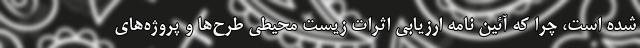
شده است، چرا که آئین نامه ارزیابی اثرات زیست محیطی طرح‌ها و پروژه‌های